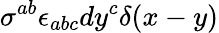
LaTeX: \sigma^{ab}\epsilon_{abc}dy^{c}\delta(x-y)